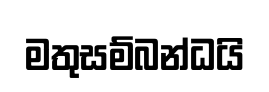
මතුසම්බන්ධයි